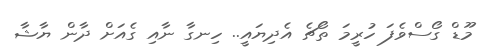
މޫޑް ގޯސްވެފަ ހުރީމަ ތޯޗެ އެދިޔައީ.. ހިނގާ ނާއި ގެއަށް ދާން ޔާޝާ